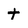
Character: t